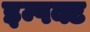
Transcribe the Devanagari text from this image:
इम्पक्ट